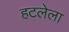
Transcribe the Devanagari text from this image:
हटलेला